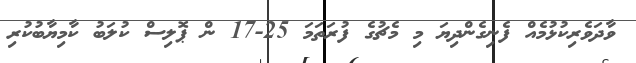
ވާދަވެރިކުޅުމެއް ފެނިގެންދިޔަ މި މެޗުގެ ފުރަތަމަ 25-17 ން ޕޮލިސް ކުލަބު ކާމިޔާބުކުރި